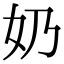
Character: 奶